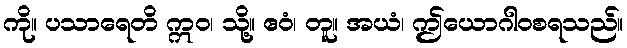
ကို။ ပသာရေတိ ဣဝ၊ သို့။ ဧဝံ၊ တူ။ အယံ၊ ဤယောဂါဝစရသည်။